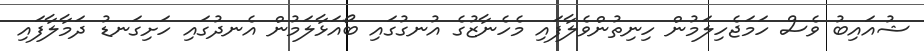
ޝުއައިބު ވެސް ހަމަޖެހިލަމުން ހިނިތުންވެލާފައި މެހެނާޒުގެ އުނގުގައި ބޯއަޅާލަމުން އެނދުގައި ހަށިގަނޑު ދަމާލާފައި